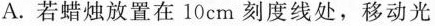
A.若蜡烛放置在10cm刻度线处，移动光